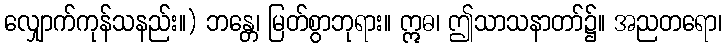
လျှောက်ကုန်သနည်း။) ဘန္တေ၊ မြတ်စွာဘုရား။ ဣဓ၊ ဤသာသနာတာ်၌။ အညတရော၊